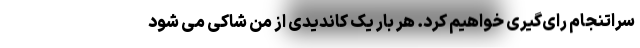
سراتنجام رای‌گیری خواهیم کرد. هر بار یک کاندیدی از من شاکی می شود